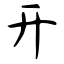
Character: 开